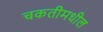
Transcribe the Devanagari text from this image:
चकतीमधील